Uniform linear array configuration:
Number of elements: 48
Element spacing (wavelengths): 0.5
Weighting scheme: hann
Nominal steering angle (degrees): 45
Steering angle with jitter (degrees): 43.25
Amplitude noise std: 0.05
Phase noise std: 0.05

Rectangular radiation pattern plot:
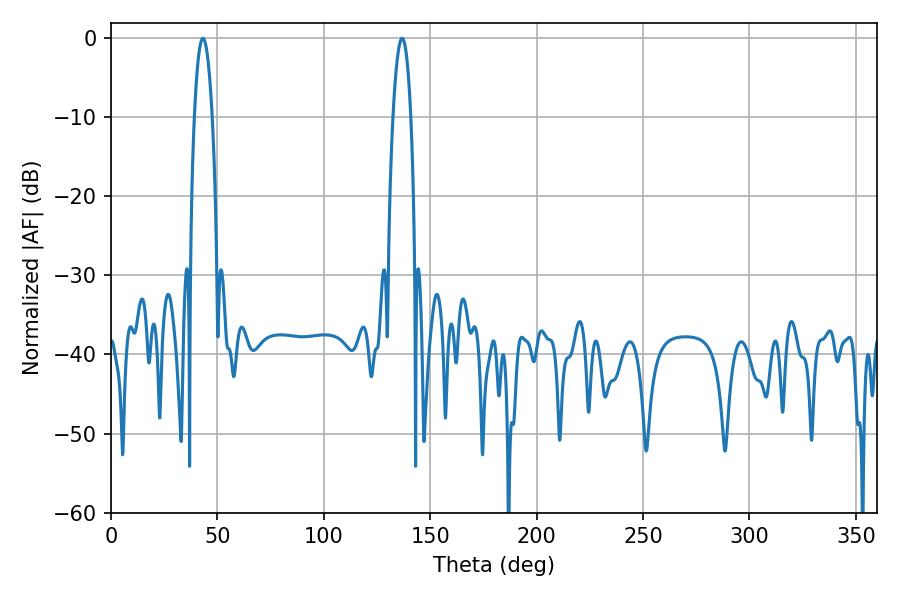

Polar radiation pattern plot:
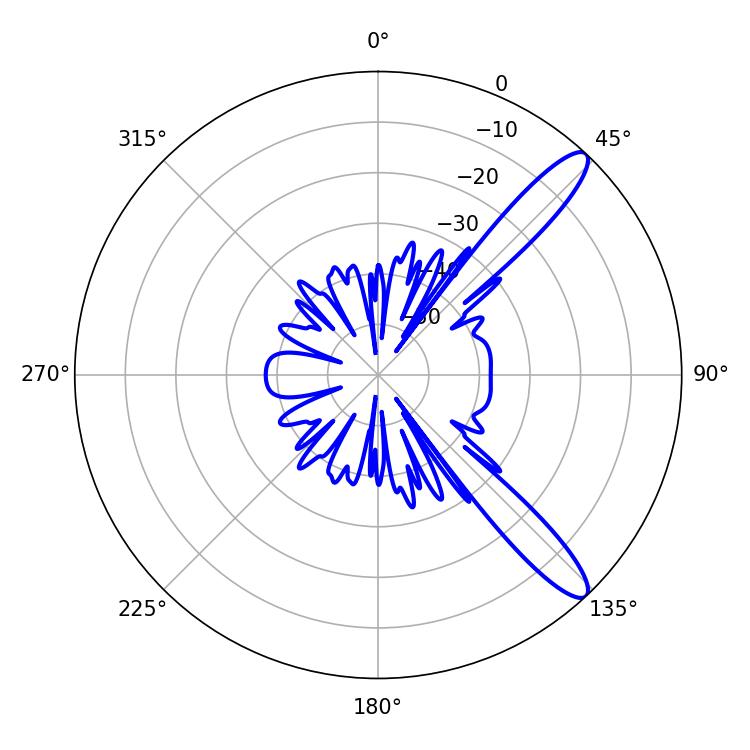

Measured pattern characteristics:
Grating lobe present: FALSE
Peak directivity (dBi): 12.216
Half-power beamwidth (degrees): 4.68
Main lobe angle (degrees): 43.2